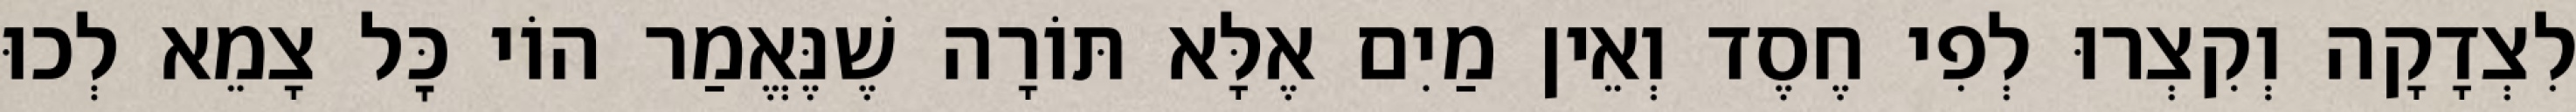
לִצְדָקָה וְקִצְרוּ לְפִי חֶסֶד וְאֵין מַיִם אֶלָּא תּוֹרָה שֶׁנֶּאֱמַר הוֹי כׇּל צָמֵא לְכוּ